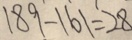
1 8 9 - 1 6 1 = 2 8